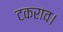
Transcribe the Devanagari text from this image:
टकराव।